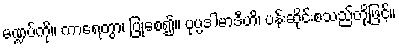
မဏ္ဍပ်ကို။ ကာရေတွာ၊ ပြုစေ၍။ ပုပ္ပဒါမာဒီဟိ၊ ပန်းဆိုင်းစသည်တို့ဖြင့်။